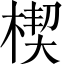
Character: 楔